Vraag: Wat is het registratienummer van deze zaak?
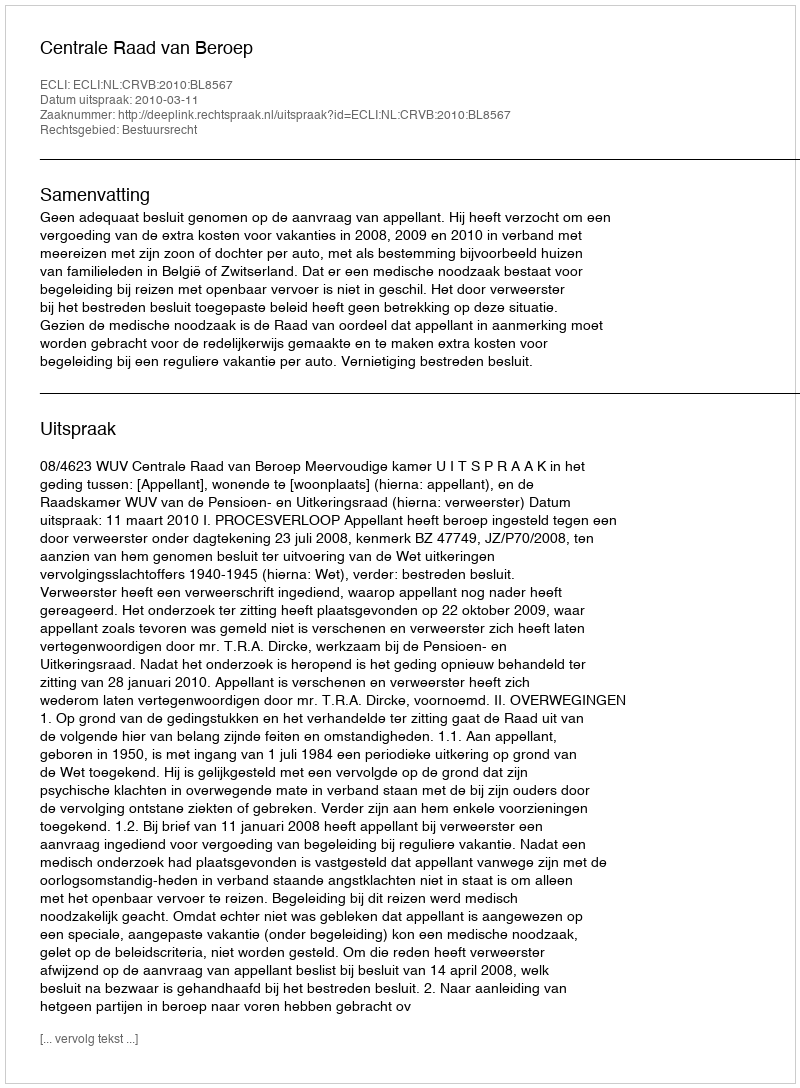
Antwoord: http://deeplink.rechtspraak.nl/uitspraak?id=ECLI:NL:CRVB:2010:BL8567